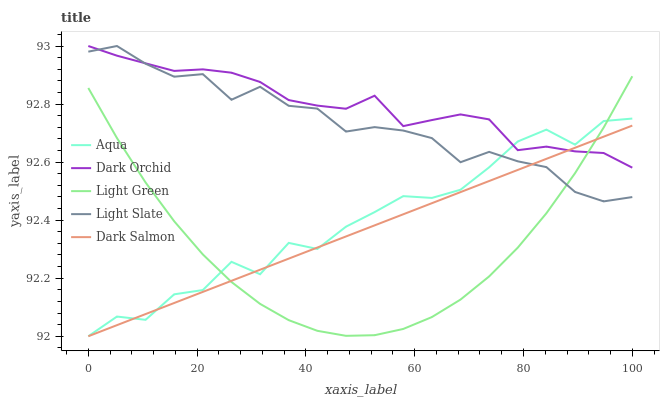
| xaxis_label | Aqua | Dark Orchid | Light Green | Light Slate | Dark Salmon |
 | --- | --- | --- | --- | --- | --- |
 | 0 | 92 | 93 | 92.9 | 93 | 92 |
 | 5.26 | 92.1 | 93 | 92.7 | 93 | 92 |
 | 10.5 | 92.1 | 92.9 | 92.5 | 92.9 | 92.1 |
 | 15.8 | 92.1 | 92.9 | 92.4 | 92.9 | 92.1 |
 | 21.1 | 92.2 | 92.9 | 92.3 | 92.9 | 92.2 |
 | 26.3 | 92.3 | 92.9 | 92.2 | 92.8 | 92.2 |
 | 31.6 | 92.2 | 92.9 | 92.1 | 92.9 | 92.2 |
 | 36.8 | 92.3 | 92.8 | 92.1 | 92.8 | 92.3 |
 | 42.1 | 92.3 | 92.8 | 92 | 92.8 | 92.3 |
 | 47.4 | 92.4 | 92.8 | 92 | 92.7 | 92.3 |
 | 52.6 | 92.4 | 92.8 | 92 | 92.7 | 92.4 |
 | 57.9 | 92.5 | 92.7 | 92 | 92.7 | 92.4 |
 | 63.2 | 92.5 | 92.7 | 92.1 | 92.7 | 92.5 |
 | 68.4 | 92.5 | 92.8 | 92.1 | 92.6 | 92.5 |
 | 73.7 | 92.6 | 92.7 | 92.2 | 92.6 | 92.5 |
 | 78.9 | 92.7 | 92.6 | 92.3 | 92.6 | 92.6 |
 | 84.2 | 92.7 | 92.7 | 92.4 | 92.6 | 92.6 |
 | 89.5 | 92.7 | 92.6 | 92.6 | 92.5 | 92.6 |
 | 94.7 | 92.7 | 92.6 | 92.7 | 92.5 | 92.7 |
 | 100 | 92.8 | 92.6 | 92.9 | 92.5 | 92.7 |